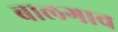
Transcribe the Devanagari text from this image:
बालगाव